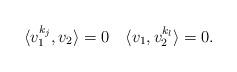
LaTeX: \begin{align*}\langle v^{k_j}_1,v_2\rangle = 0 \quad\langle v_1, v^{k_l}_2\rangle =0.\end{align*}